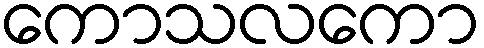
ကောသလကော